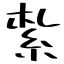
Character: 紮